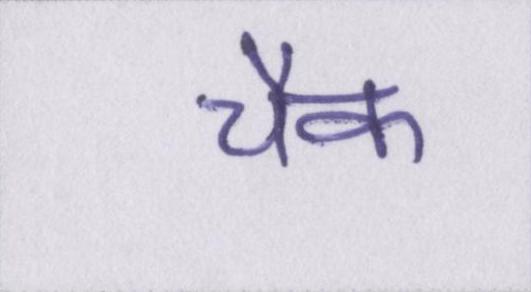
चैक